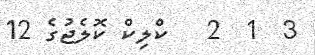
3  1  2   ކްލިކް ކޮލެޖުގެ 12